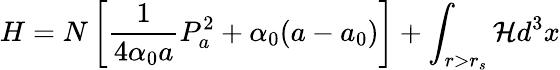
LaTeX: H=N\left[\frac{1}{4\alpha_{0}a}P_{a}^{2}+\alpha_{0}(a-a_{0})\right]+\int_{r>r_{s}}{\cal H}d^{3}x